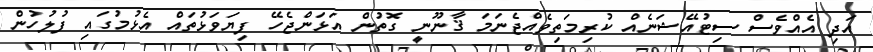
އަދި އެއްވެސް ސިޓުއޭޝަނެއް ކުރިމަތިވެއްޖެނަމަ ޤާނޫނީ ގޮތުން އަޅަންޖެހޭ ފިޔަވަޅުތައް އެޅުމުގައި ފުލުހުން